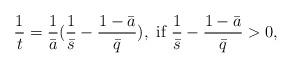
LaTeX: \begin{align*} \frac{1}{t}=\frac{1}{\bar{a}}(\frac{1}{\bar{s}}-\frac{1-\bar{a}}{\bar{q}}), \textrm{ if }\frac{1}{\bar{s}}-\frac{1-\bar{a}}{\bar{q}}>0,\end{align*}